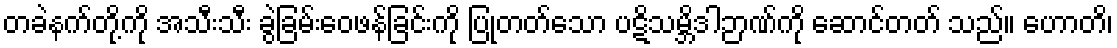
တခဲနက်တို့ကို အသီးသီး ခွဲခြမ်းဝေဖန်ခြင်းကို ပြုတတ်သော ပဋိသမ္ဘိဒါဉာဏ်ကို ဆောင်တတ် သည်။ ဟောတိ၊